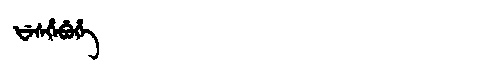
Manchu: ᡶᡝᠰᡥᡝᠪᡠᡥᡝ
Romanization: FESHEBUHE